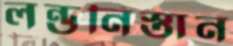
লন্ডনিস্তান